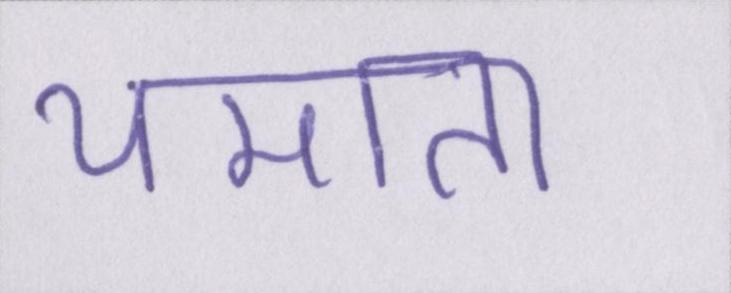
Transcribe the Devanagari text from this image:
थमाता